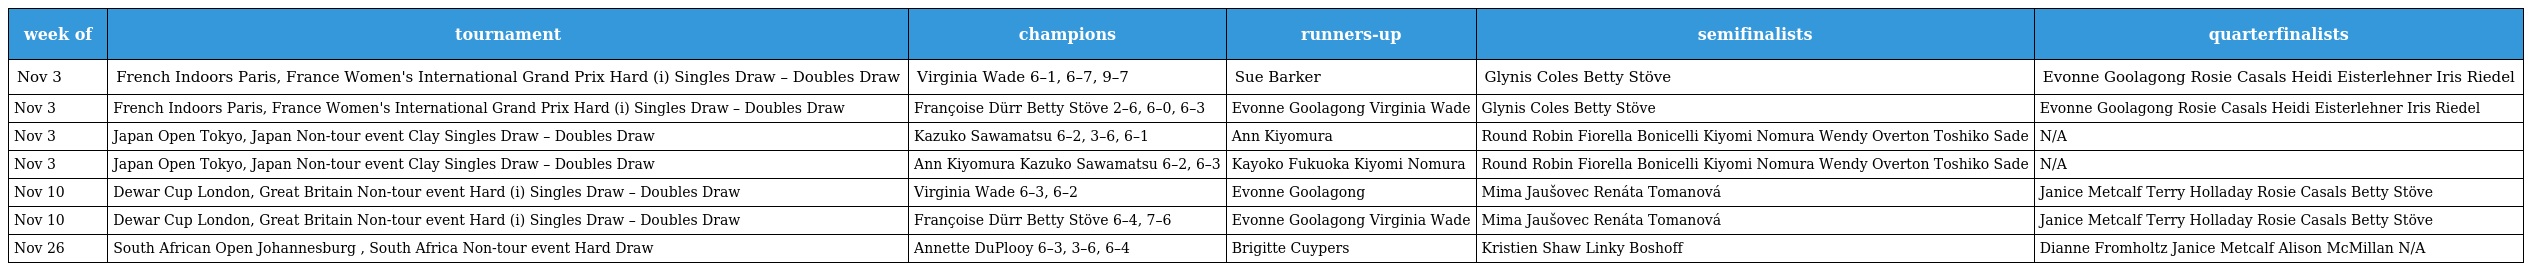
| week of | tournament | champions | runners-up | semifinalists | quarterfinalists |
 | --- | --- | --- | --- | --- | --- |
 | Nov 3 | French Indoors Paris, France Women's International Grand Prix Hard (i) Singles Draw – Doubles Draw | Virginia Wade 6–1, 6–7, 9–7 | Sue Barker | Glynis Coles Betty Stöve | Evonne Goolagong Rosie Casals Heidi Eisterlehner Iris Riedel |
 | Nov 3 | French Indoors Paris, France Women's International Grand Prix Hard (i) Singles Draw – Doubles Draw | Françoise Dürr Betty Stöve 2–6, 6–0, 6–3 | Evonne Goolagong Virginia Wade | Glynis Coles Betty Stöve | Evonne Goolagong Rosie Casals Heidi Eisterlehner Iris Riedel |
 | Nov 3 | Japan Open Tokyo, Japan Non-tour event Clay Singles Draw – Doubles Draw | Kazuko Sawamatsu 6–2, 3–6, 6–1 | Ann Kiyomura | Round Robin Fiorella Bonicelli Kiyomi Nomura Wendy Overton Toshiko Sade | N/A |
 | Nov 3 | Japan Open Tokyo, Japan Non-tour event Clay Singles Draw – Doubles Draw | Ann Kiyomura Kazuko Sawamatsu 6–2, 6–3 | Kayoko Fukuoka Kiyomi Nomura | Round Robin Fiorella Bonicelli Kiyomi Nomura Wendy Overton Toshiko Sade | N/A |
 | Nov 10 | Dewar Cup London, Great Britain Non-tour event Hard (i) Singles Draw – Doubles Draw | Virginia Wade 6–3, 6–2 | Evonne Goolagong | Mima Jaušovec Renáta Tomanová | Janice Metcalf Terry Holladay Rosie Casals Betty Stöve |
 | Nov 10 | Dewar Cup London, Great Britain Non-tour event Hard (i) Singles Draw – Doubles Draw | Françoise Dürr Betty Stöve 6–4, 7–6 | Evonne Goolagong Virginia Wade | Mima Jaušovec Renáta Tomanová | Janice Metcalf Terry Holladay Rosie Casals Betty Stöve |
 | Nov 26 | South African Open Johannesburg , South Africa Non-tour event Hard Draw | Annette DuPlooy 6–3, 3–6, 6–4 | Brigitte Cuypers | Kristien Shaw Linky Boshoff | Dianne Fromholtz Janice Metcalf Alison McMillan N/A |